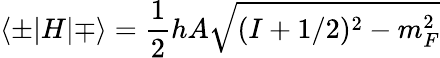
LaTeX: \langle\pm|H|\mp\rangle={\frac{1}{2}}hA{\sqrt{(I+1/2)^{2}-m_{F}^{2}}}